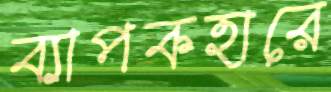
ব্যাপকহারে